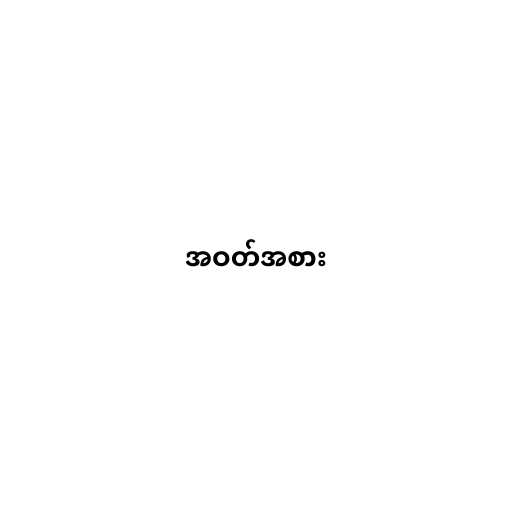
အဝတ်အစား